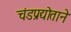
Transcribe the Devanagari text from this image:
चंडप्रद्योताने